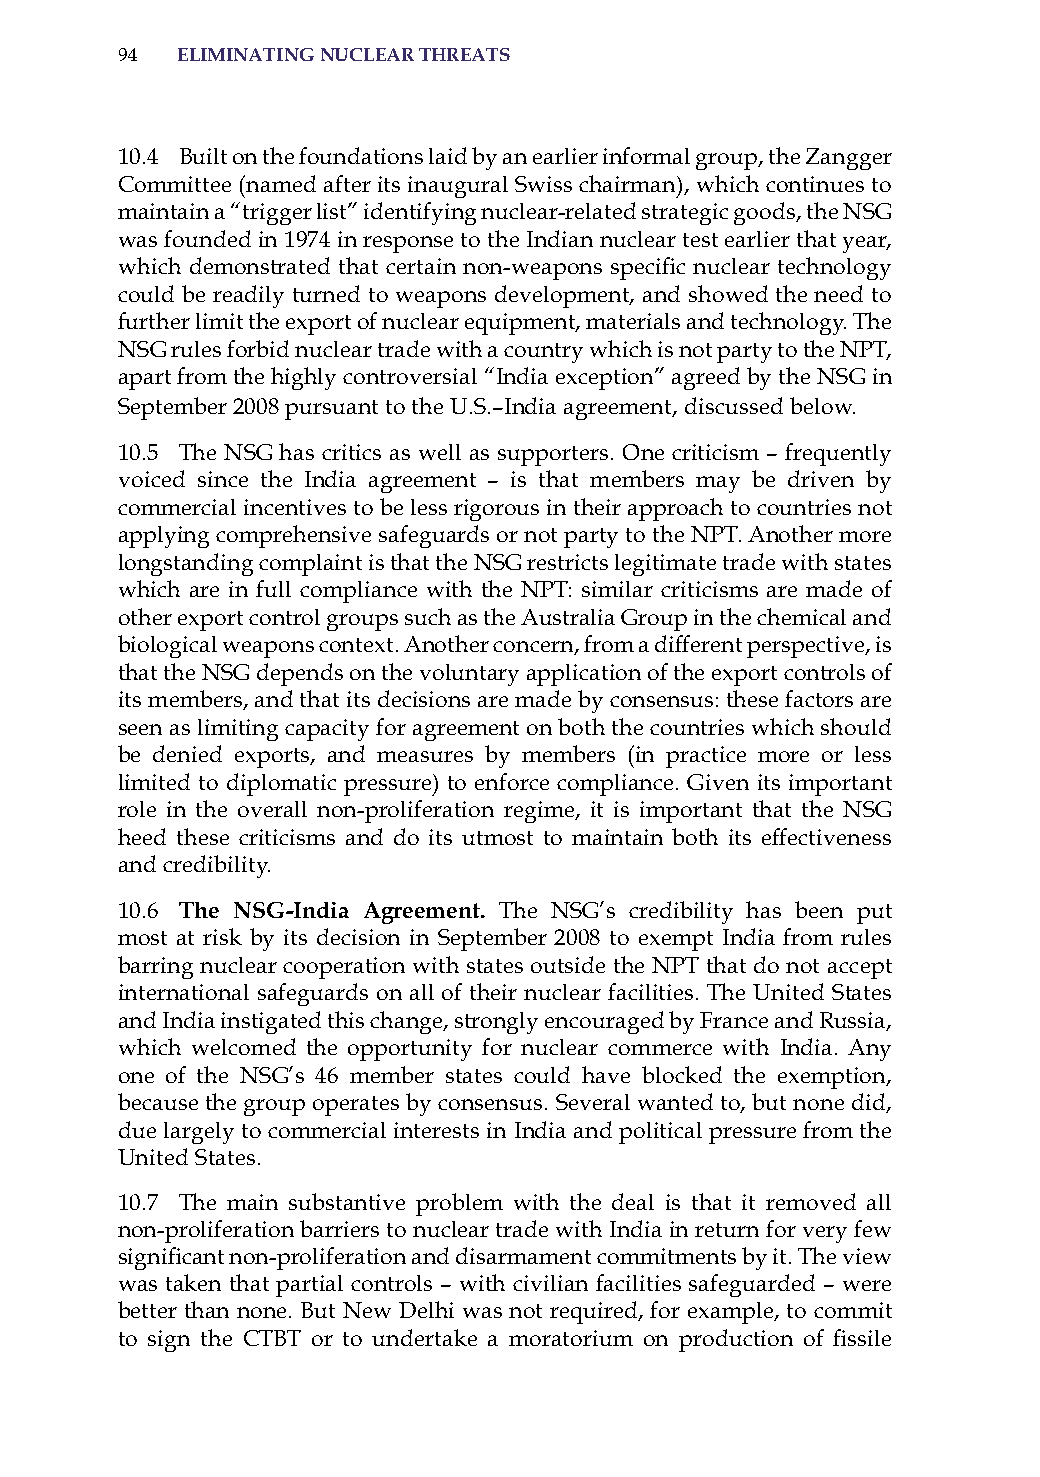
94  eliminatinG nuclear threats
 10.4 Built on the foundations laid by an earlier informal group, the Zangger
 Committee (named after its inaugural swiss chairman), which continues to
 maintain a “trigger list” identifying nuclear-related strategic goods, the NsG
 was founded in 1974 in response to the indian nuclear test earlier that year,
 which demonstrated that certain non-weapons specific nuclear technology
 could be readily turned to weapons development, and showed the need to
 further limit the export of nuclear equipment, materials and technology. The
 NsG rules forbid nuclear trade with a country which is not party to the NPT,
 apart from the highly controversial “india exception” agreed by the NsG in
 september 2008 pursuant to the U.s.–india agreement, discussed below.
 10.5 The NsG has critics as well as supporters. one criticism – frequently
 voiced since the india agreement – is that members may be driven by
 commercial incentives to be less rigorous in their approach to countries not
 applying comprehensive safeguards or not party to the NPT. another more
 longstanding complaint is that the NsG restricts legitimate trade with states
 which are in full compliance with the NPT: similar criticisms are made of
 other export control groups such as the australia Group in the chemical and
 biological weapons context. another concern, from a different perspective, is
 that the NsG depends on the voluntary application of the export controls of
 its members, and that its decisions are made by consensus: these factors are
 seen as limiting capacity for agreement on both the countries which should
 be denied exports, and measures by members (in practice more or less
 limited to diplomatic pressure) to enforce compliance. Given its important
 role in the overall non-proliferation regime, it is important that the NsG
 heed these criticisms and do its utmost to maintain both its effectiveness
 and credibility.
 10.6 the nsG-india agreement. The NsG’s credibility has been put
 most at risk by its decision in september 2008 to exempt india from rules
 barring nuclear cooperation with states outside the NPT that do not accept
 international safeguards on all of their nuclear facilities. The United states
 and india instigated this change, strongly encouraged by France and russia,
 which welcomed the opportunity for nuclear commerce with india. any
 one of the NsG’s 46 member states could have blocked the exemption,
 because the group operates by consensus. several wanted to, but none did,
 due largely to commercial interests in india and political pressure from the
 United states.
 10.7 The main substantive problem with the deal is that it removed all
 non-proliferation barriers to nuclear trade with india in return for very few
 significant non-proliferation and disarmament commitments by it. The view
 was taken that partial controls – with civilian facilities safeguarded – were
 better than none. But New Delhi was not required, for example, to commit
 to sign the CTBT or to undertake a moratorium on production of fissile